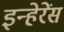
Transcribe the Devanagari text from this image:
इन्हेरेंस